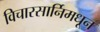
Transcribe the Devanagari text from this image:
विचारसार्निमधून